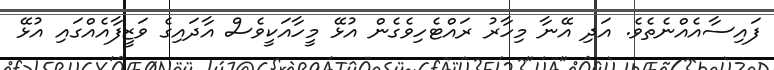
ފައިސާއެއްނެތެވެ. އަދި އޭނާ މިހާރު ރައްޓެހިވެގެން އުޅޭ މީހާއަކީވެސް އާދައިގެ ވަޒީފާއެއްގައި އުޅޭ